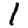
Digit: 1